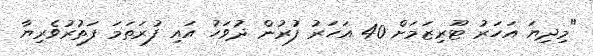
"މިދިޔަ އަހަރު ޓޫރިޒަމަށް 40 އަހަރު ފުރުން ދުވަހު އައި ފުރަތަމަ ފަތުރުވެރިޔާ